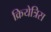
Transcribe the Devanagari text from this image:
क्रियेत्रिस